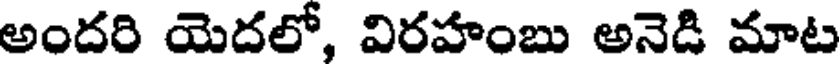
అందరి యెదలో, విరహంబు అనెడి మాట